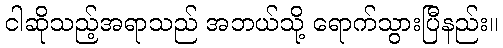
ငါဆိုသည့်အရာသည် အဘယ်သို့ ရောက်သွားပြီနည်း။